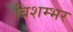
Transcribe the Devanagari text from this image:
बिशम्भर